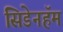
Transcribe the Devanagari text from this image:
सिडेनहॅम